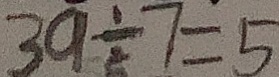
3 9 \div 7 = 5